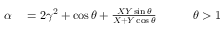
\begin{array} { r l r } { \alpha } & { { } = 2 \gamma ^ { 2 } + \cos \theta + \frac { X Y \sin \theta } { X + Y \cos \theta } \qquad } & { \theta > 1 } \end{array}